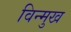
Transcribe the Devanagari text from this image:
विन्‍मुख